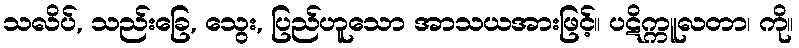
သလိပ်, သည်းခြေ, သွေး, ပြည်ဟူသော အာသယအားဖြင့်။ ပဋိက္ကူလတာ၊ ကို။